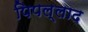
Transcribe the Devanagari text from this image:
पिपल्लाद